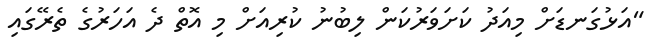
"އަޅުގަނޑަށް މިއަދު ކަށަވަރުކަން ލިބުނު ކުރިއަށް މި އޮތް ދެ އަހަރުގެ ތެރޭގައި